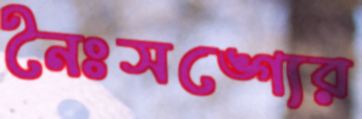
নৈঃসঙ্গ্যের